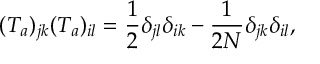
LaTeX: ( T _ { a } ) _ { j k } ( T _ { a } ) _ { i l } = \frac { 1 } { 2 } \delta _ { j l } \delta _ { i k } - \frac { 1 } { 2 N } \delta _ { j k } \delta _ { i l } ,